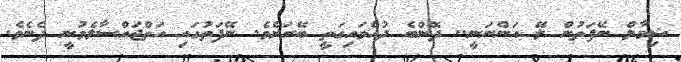
ޝިމާލް ނޭފަތުން ލޭ އަންނަނީ.. ދޮންބެ ދުއްވައިގަތީ ބޭރަށެވެ. ނޭފަތުގައި އަތްޖައްސާލެވުނީ ދެނެވެ.